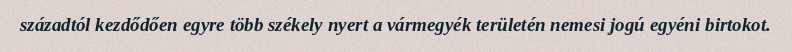
századtól kezdődően egyre több székely nyert a vármegyék területén nemesi jogú egyéni birtokot.